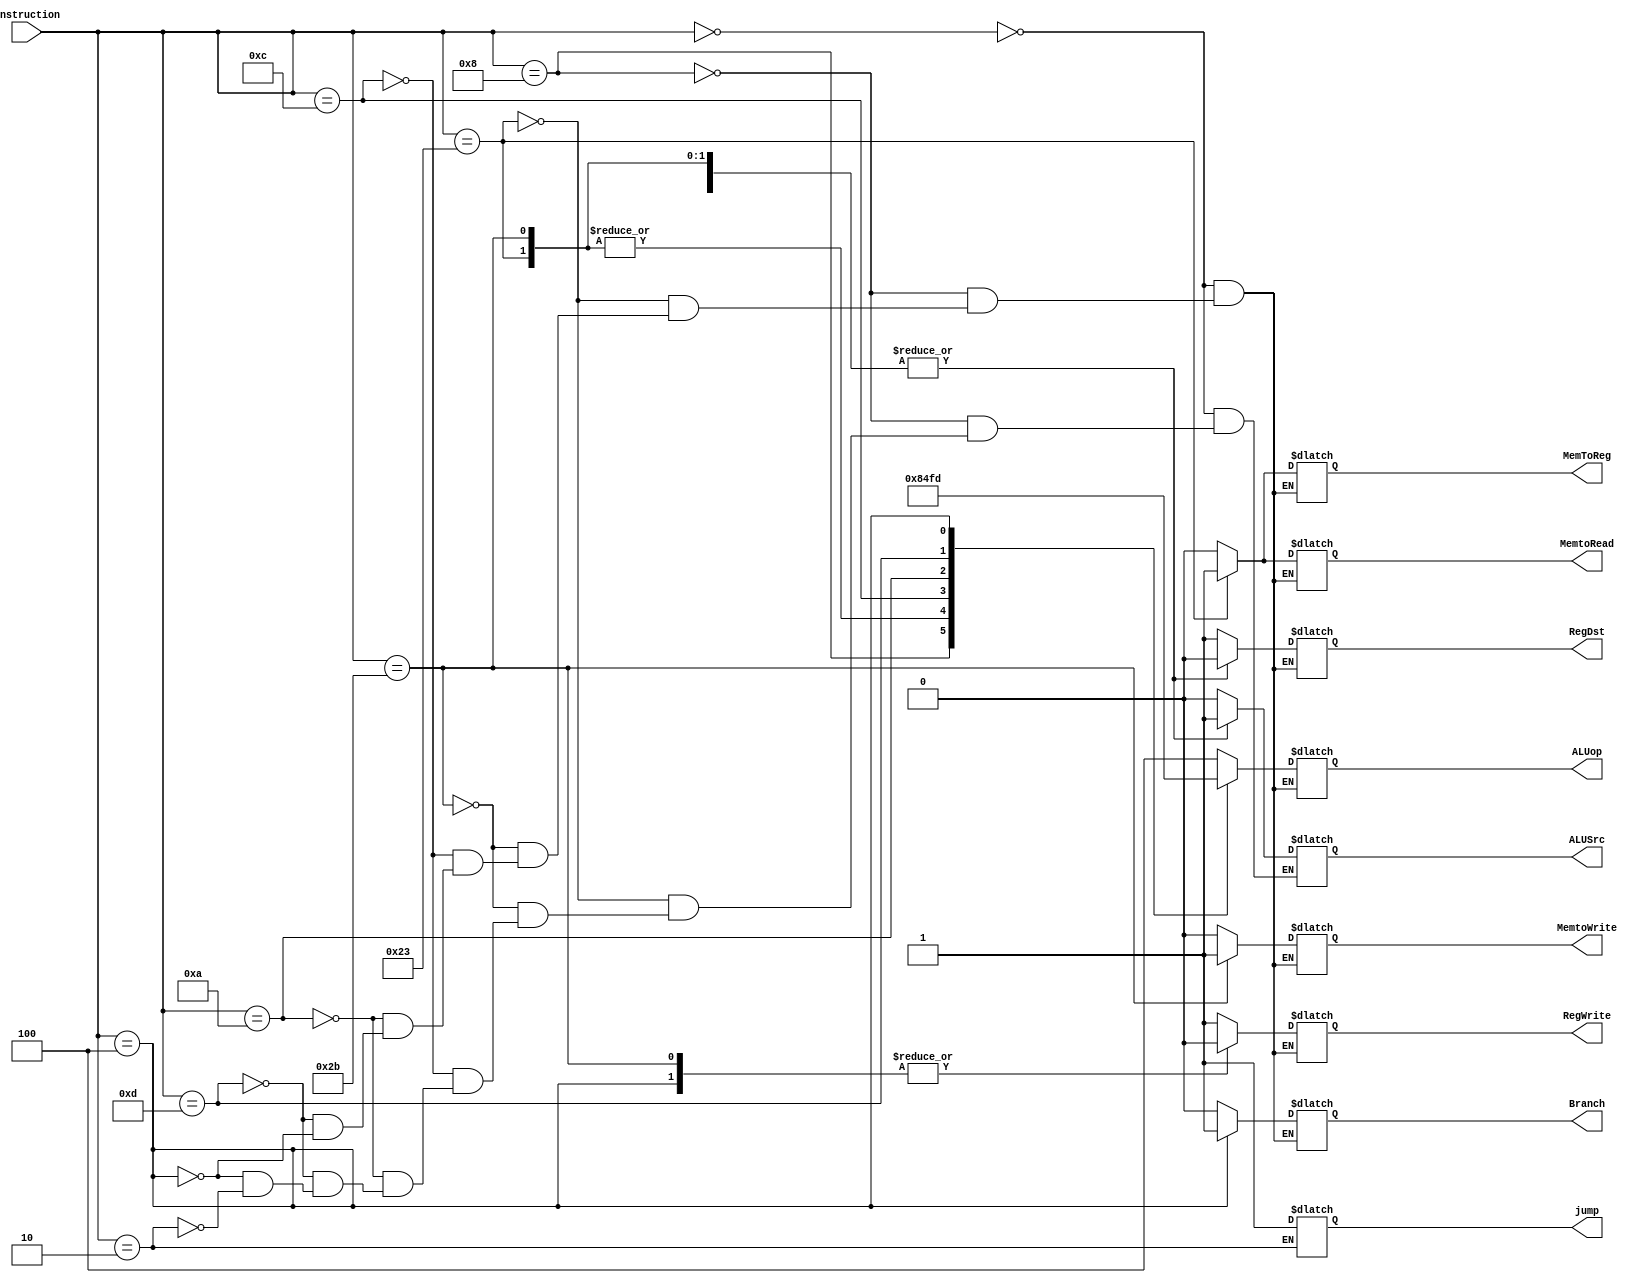
module ControlUnit (
    input [5:0] instruction,
    output reg RegDst,
    output reg Branch,
    output reg MemtoRead,
    output reg MemToReg,
    output reg [2:0]ALUop,
    output reg MemtoWrite,
    output reg ALUSrc,
    output reg RegWrite,
    output reg jump
);
always @* 
begin
    case(instruction) 
    6'b000000:
        begin
            //instruccion tipo R, debemos de darles estos valores a estas variables si la instruccion es de tipo R
            RegDst <=1;
            Branch <=0;
            MemtoRead <= 0;
            MemToReg <= 0;
            ALUop <= 100;
            MemtoWrite <= 0;
            ALUSrc <=0;
            RegWrite <= 1;
        end
         //Instrucciones tipo i
    6'b001000:
        begin //ADDI
            RegDst<=0;
            Branch<=0;
            MemtoRead <= 0;
            MemToReg <= 0;
            ALUop <= 001;
            MemtoWrite <= 0;
            ALUSrc <=1;
            RegWrite <= 1;
        end
    6'b100011:
        begin //LW
            RegDst<=0;
            Branch<=0;
            MemtoRead <= 1;
            MemToReg <= 1;
            ALUop <= 000;
            MemtoWrite <= 0;
            ALUSrc <=1;
            RegWrite <= 1;
        end
    6'b101011:
        begin //SW
            RegDst<=0;
            Branch<=0;
            MemtoRead<=0;
            MemToReg<=0;
            ALUop<=000;
            MemtoWrite<=1;
            ALUSrc<=1;
            RegWrite<=0;
        end
    6'b001100:
        begin  //ANDI
            RegDst<=0;
            Branch<=0;
            MemtoRead<=0;
            MemToReg<=0;
            ALUop<=010;
            MemtoWrite<=0;
            ALUSrc<=1;
            RegWrite<=1;
        end
    6'b001010:
        begin //SLTI
            RegDst<=0;
            Branch<=0;
            MemtoRead<=0;
            MemToReg<=0;
            ALUop<=011;
            MemtoWrite<=0;
            ALUSrc<=1;
            RegWrite<=1;
        end
    6'b001101:
        begin //ORI
            RegDst<=0;
            Branch<=0;
            MemtoRead<=0;
            MemToReg<=0;
            ALUop<=111;
            MemtoWrite<=0;
            ALUSrc<=1;
            RegWrite<=1;
        end
    6'b000100:
        begin//BEQ
            RegDst<=0;
            Branch<=1;
            MemtoRead<=0;
            MemToReg<=0;
            ALUop<=101;
            MemtoWrite<=0;
            ALUSrc<=1;
            RegWrite<=0;
        end
	6'b000010: begin
		ALUSrc <= 0;
		jump <= 1;	//J
	end
    endcase
end

endmodule //ControlUnit